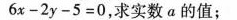
$$6 x - 2 y - 5 = 0$$，求实数 a 的值；